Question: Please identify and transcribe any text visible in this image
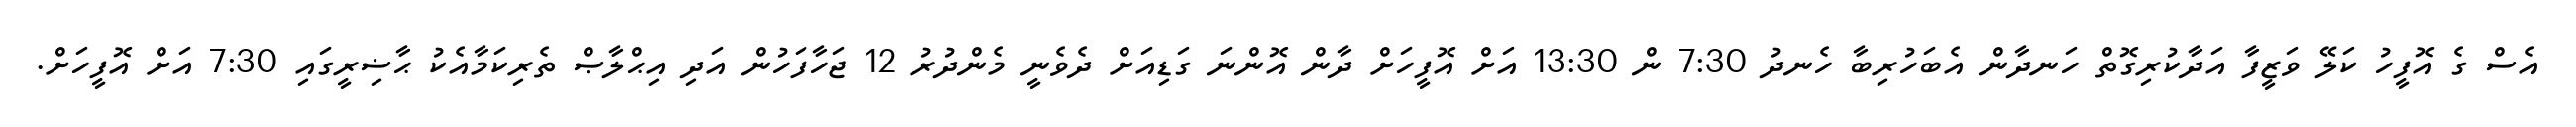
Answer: އެސް ގެ އޮފީހު ކަލޭ ވަޒީފާ އަދާކުރިގޮތް ހަނދާން އެބަހުރިބާ ހެނދު 7:30 ން 13:30 އަށް އޮފީހަށް ދާން އޮންނަ ގަޑިއަށް ދެވެނީ މެންދުރު 12 ޖަހާފަހުން އަދި އިޙްލާޞް ތެރިކަމާއެކު ޙާޟިރީގައި 7:30 އަށް އޮފީހަށް.